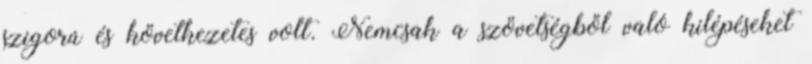
szigorú és következetes volt. Nemcsak a szövetségből való kilépéseket